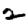
Digit: 2